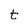
Character: t